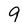
Character: 9